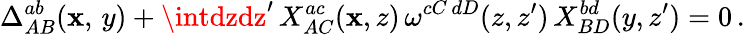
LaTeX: \Delta_{AB}^{ab}(\mathbf{x},\, y)+\intdzdz^{\prime}\, X_{AC}^{ac}(\mathbf{x},z)\, \omega^{cC\, dD}(z,z^{\prime})\, X_{BD}^{bd}(y,z^{\prime})=0\, .